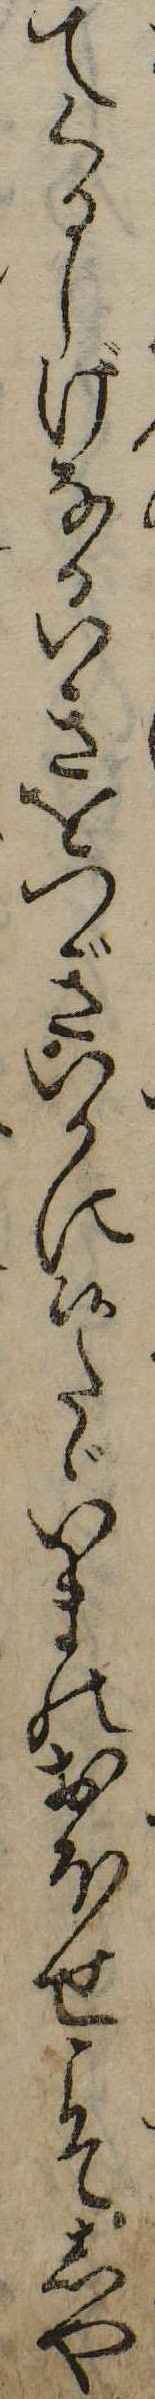
てくるしげなるいきをつぎいかに候たゞいまのおほせこそしや